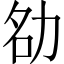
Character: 𪟚